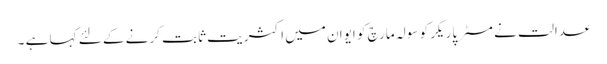
عدالت نے مسٹر پاریکر کو سولہ مارچ کو ایوان میں اکثریت ثابت کرنے کے لئے کہا ہے ۔